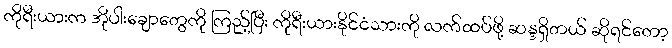
ကိုရီးယားက အိုပါးချောတွေကို ကြည့်ပြီး ကိုရီးယားနိုင်ငံသားကို လက်ထပ်ဖို့ ဆန္ဒရှိတယ် ဆိုရင်တော့